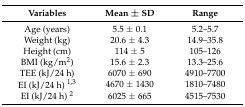
<table><thead><tr><td><b>Variables</b></td><td><b>Mean ± SD</b></td><td><b>Range</b></td></tr></thead><tbody><tr><td>Age (years)</td><td>5.5 ± 0.1</td><td>5.2–5.7</td></tr><tr><td>Weight (kg)</td><td>20.6 ± 4.3</td><td>14.9–35.8</td></tr><tr><td>Height (cm)</td><td>114 ± 5</td><td>105–126</td></tr><tr><td>BMI (kg/m<sup>2</sup>)</td><td>15.6 ± 2.3</td><td>13.3–25.6</td></tr><tr><td>TEE (kJ/24 h)</td><td>6070 ± 690</td><td>4910–7700</td></tr><tr><td>EI (kJ/24 h) <sup>1,3</sup></td><td>4670 ± 1430</td><td>1810–7480</td></tr><tr><td>EI (kJ/24 h) <sup>2</sup></td><td>6025 ± 665</td><td>4515–7530</td></tr></tbody></table>